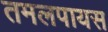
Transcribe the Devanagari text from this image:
तमलपायस